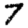
Digit: 7